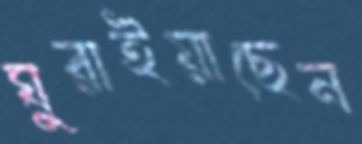
ঘুরাইয়াছেন